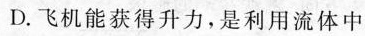
D.飞机能获得升力，是利用流体中